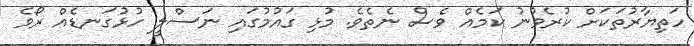
ހަތިޔާރުތަކަށް ކުރެވުނު ކަމެއް ވެސް ނެތެވެ. މުޅި ގައުމުގައި ނަސްލީ ހުޅުގަނޑެއް ރޯވެ